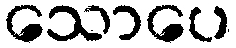
သောပေ